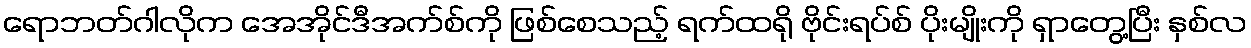
ရောဘတ်ဂါလိုက အေအိုင်ဒီအက်စ်ကို ဖြစ်စေသည့် ရက်ထရို ဗိုင်းရပ်စ် ပိုးမျိုးကို ရှာတွေ့ပြီး နှစ်လ